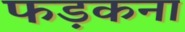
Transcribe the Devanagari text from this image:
फड़कना